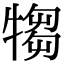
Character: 犓